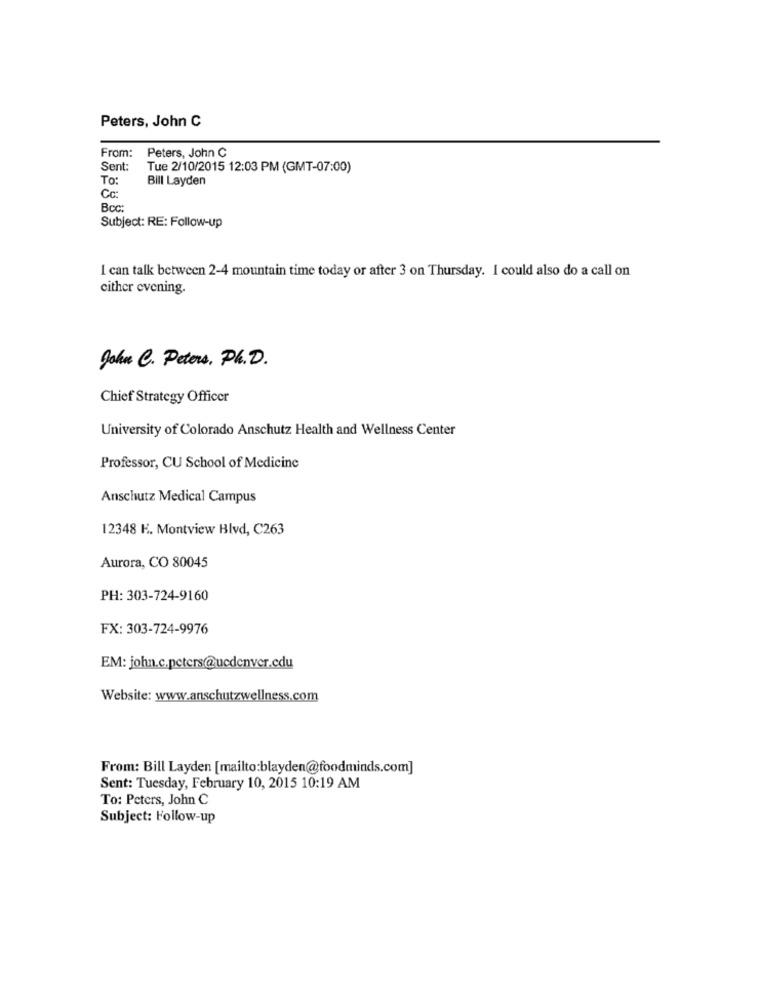
Peters, John C
From: Peters, John C
Sent:
Tue 2/10/2015 12:03 PM (GMT-07:00)
To:
Bill Layden
Cc:
Boc:
Subject: RE: Follow-up
I can talk between 2-4 mountain time today or after 3 on Thursday. I could also do a call on
cither evening.
John C. Peters, Ph. D.
Chief Strategy Officer
University of Colorado Anschutz Health and Wellness Center
Professor, CU School of Medicine
Anschutz Medical Campus
12348 K. Montview Blvd, C263
Aurora, CO 80045
PH: 303-724-9160
FX: 303-724-9976
EM: john.c.peters@ucdenver.cdu
Website: www.anschutzwellness.com
From: Bill Layden [mailto:blayden@foodminds.com]
Sent: Tuesday, February 10, 2015 10:19 AM
To: Peters, John C
Subject: Follow-up